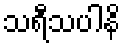
သရီသပါနိ